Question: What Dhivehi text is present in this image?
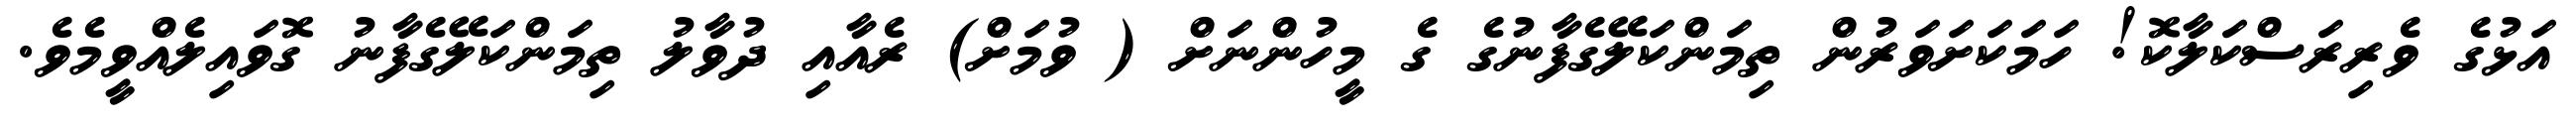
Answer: އަޅުގެ ވެރިރަސްކަލާކޮ! ހަމަކަށަވަރުން ތިމަންކަލޭގެފާނުގެ ގެ މީހުންނަށް ( ވުމަށް) ރެއާއި ދުވާލު ތިމަންކަލޭގެފާނު ގޮވައިލެއްވީމެވެ.